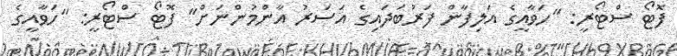
ފޮޓޯ ސްޓޯރީ: "ހަވާއީގެ އަލިފާން ފަރުބަދަައިގެ އަސަރު އާންމުންނަށް" ފޮޓޯ ސްޓޯރީ: "ހަވާއީގެ